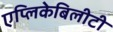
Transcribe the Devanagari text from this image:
एप्लिकेबिलीटी